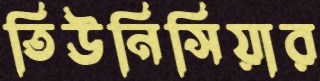
তিউনিসিয়ার